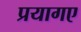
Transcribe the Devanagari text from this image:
प्रयागए